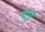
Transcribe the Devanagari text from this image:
बोएट